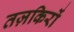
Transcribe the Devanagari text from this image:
तज़किरों